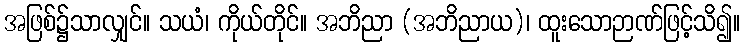
အဖြစ်၌သာလျှင်။ သယံ၊ ကိုယ်တိုင်။ အဘိညာ (အဘိညာယ)၊ ထူးသောဉာဏ်ဖြင့်သိ၍။